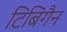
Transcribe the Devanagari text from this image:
टिबिंगैन